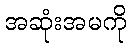
အဆုံးအမကို